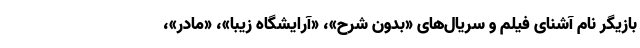
بازیگر نام آشنای فیلم و سریال‌های «بدون شرح»، «آرایشگاه زیبا»، «مادر»،